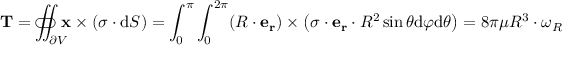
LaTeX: \mathbf { T } = \iint _ { \partial V } \! \! \! \! \! \! \! \! \! \! \! \! \! \! \subset \! \supset \mathbf { x } \times \left( { \boldsymbol { \sigma } } \cdot { \mathrm { d } } { \boldsymbol { S } } \right) = \int _ { 0 } ^ { \pi } \int _ { 0 } ^ { 2 \pi } ( R \cdot \mathbf { e _ { r } } ) \times \left( { \boldsymbol { \sigma } } \cdot \mathbf { e _ { r } } \cdot R ^ { 2 } \sin \theta { \mathrm { d } } \varphi { \mathrm { d } } \theta \right) = 8 \pi \mu R ^ { 3 } \cdot { \boldsymbol { \omega } } _ { R }